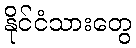
နိုင်ငံသားတွေ